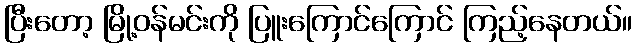
ပြီးတော့ မြို့ဝန်မင်းကို ပြူးကြောင်ကြောင် ကြည့်နေတယ်။